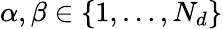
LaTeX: \alpha,\beta\in\{ 1,\dots,N_{d}\}